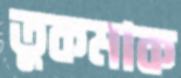
তুকমাক